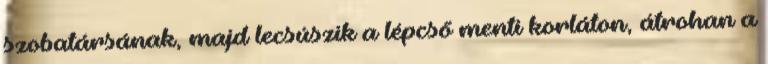
szobatársának, majd lecsúszik a lépcső menti korláton, átrohan a